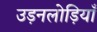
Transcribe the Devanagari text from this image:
उड़नलोड़ियाँ